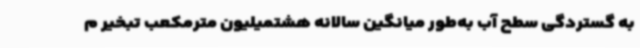
به گستردگی سطح آب به‌طور میانگین سالانه هشتمیلیون مترمکعب تبخیر م